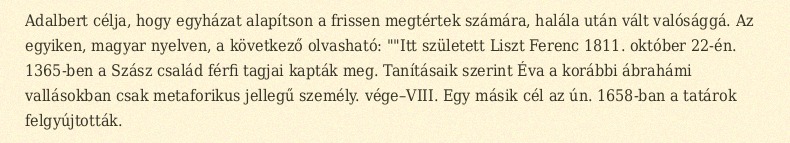
Adalbert célja, hogy egyházat alapítson a frissen megtértek számára, halála után vált valósággá. Az egyiken, magyar nyelven, a következő olvasható: ""Itt született Liszt Ferenc 1811. október 22-én. 1365-ben a Szász család férfi tagjai kapták meg. Tanításaik szerint Éva a korábbi ábrahámi vallásokban csak metaforikus jellegű személy. vége–VIII. Egy másik cél az ún. 1658-ban a tatárok felgyújtották.